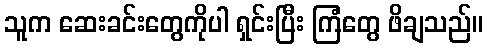
သူက ဆေးခင်းတွေကိုပါ ရှင်းပြီး ကြံတွေ ဖိချသည်။